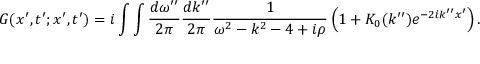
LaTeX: G ( x ^ { \prime } , t ^ { \prime } ; x ^ { \prime } , t ^ { \prime } ) = i \int \int \frac { d \omega ^ { \prime \prime } } { 2 \pi } \frac { d k ^ { \prime \prime } } { 2 \pi } \frac { 1 } { \omega ^ { 2 } - k ^ { 2 } - 4 + i \rho } \left( 1 + K _ { 0 } ( k ^ { \prime \prime } ) e ^ { - 2 i k ^ { \prime \prime } x ^ { \prime } } \right) .